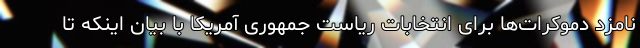
نامزد دموکرات‌ها برای انتخابات ریاست جمهوری آمریکا با بیان اینکه تا